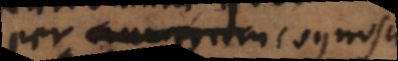
per numerum cognosci